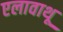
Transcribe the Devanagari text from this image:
एलावाथू